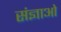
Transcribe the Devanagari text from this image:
संज्ञाओ